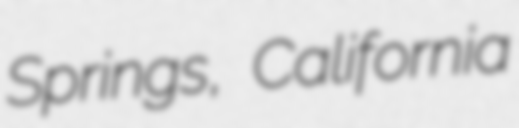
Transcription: Springs, California